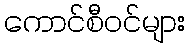
ကောင်စီဝင်များ